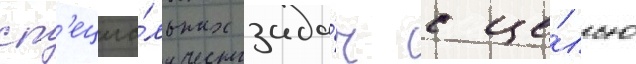
сп'ециа́льных зада́ч с це́лью